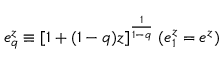
e _ { q } ^ { z } \equiv [ 1 + ( 1 - q ) z ] ^ { \frac { 1 } { 1 - q } } \; ( e _ { 1 } ^ { z } = e ^ { z } )